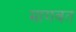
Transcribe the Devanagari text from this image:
मागवत